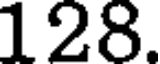
128.